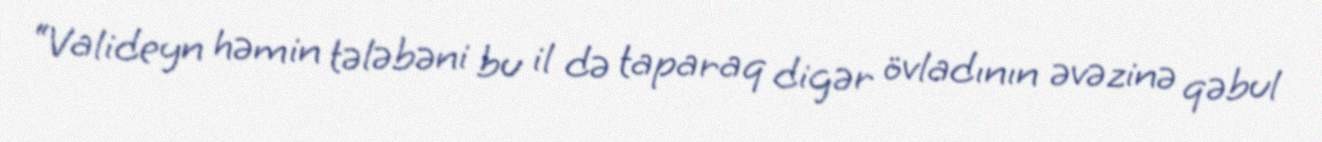
“Valideyn həmin tələbəni bu il də taparaq digər övladının əvəzinə qəbul